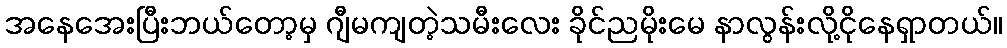
အနေအေးပြီးဘယ်တော့မှ ဂျီမကျတဲ့သမီးလေး ခိုင်ညမိုးမေ နာလွန်းလို့ငိုနေရှာတယ်။